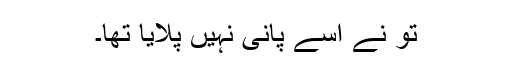
تُو نے اسے پانی نہیں پلایا تھا۔